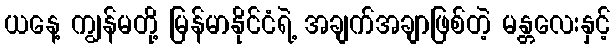
ယနေ့ ကျွန်မတို့ မြန်မာနိုင်ငံရဲ့ အချက်အချာဖြစ်တဲ့ မန္တလေးနှင့်